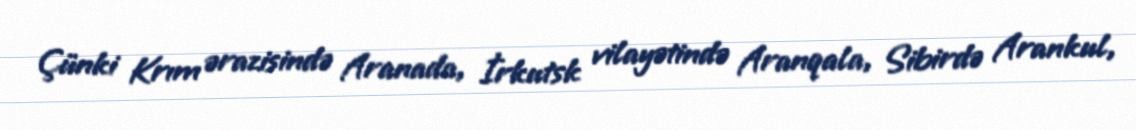
Çünki Krım ərazisində Aranada, İrkutsk vilayətində Aranqala, Sibirdə Arankul,